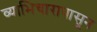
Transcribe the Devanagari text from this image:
व्याभिचारापासून